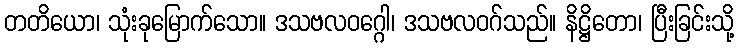
တတိယော၊ သုံးခုမြောက်သော။ ဒသဗလဝဂ္ဂေါ၊ ဒသဗလဝဂ်သည်။ နိဋ္ဌိတော၊ ပြီးခြင်းသို့